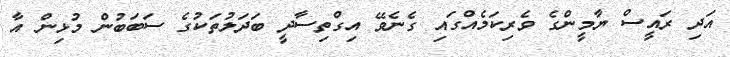
އަދި ރައީސް ޔާމީންގެ ވެރިކަމެއްގައި ގެނެވޭ އިގްތިސާދީ ބަދަލުތަކުގެ ސަބަބުން މުޅިން އާ